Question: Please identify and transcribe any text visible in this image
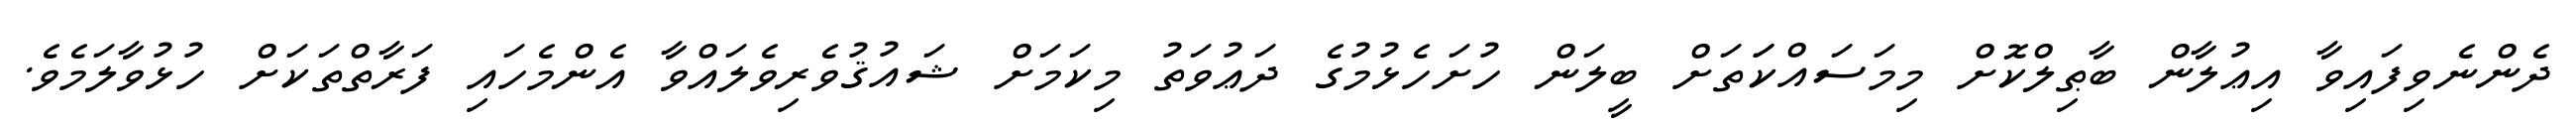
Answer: ދެންނެވިފައިވާ އިޢުލާން ބާޠިލްކޮށް މިމަސައްކަަތަށް ބީލަން ހުށަހެޅުމުގެ ދަޢުވަތު މިކަމަށް ޝައުޤުވެރިވެލައްވާ އެންމެހައި ފަރާތްތަކަށް ހުޅުވާލަމެވެ.